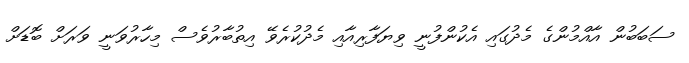
ސަބަބުން އާއްމުންގެ މެދުގައި އެކުންފުނީ ވިޔަފާރިއާއި މެދުކުރެވޭ އިތުބާރުވެސް މިހާރުވަނީ ވަރަށް ބޮޑަށް